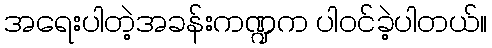
အရေးပါတဲ့အခန်းကဏ္ဍက ပါ၀င်ခဲ့ပါတယ်။